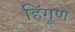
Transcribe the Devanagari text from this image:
हिंगूण